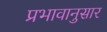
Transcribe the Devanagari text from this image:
प्रभावानुसार